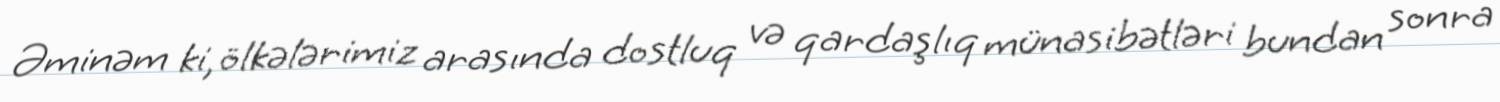
Əminəm ki, ölkələrimiz arasında dostluq və qardaşlıq münasibətləri bundan sonra